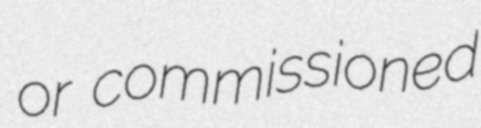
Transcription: or commissioned